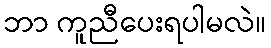
ဘာ ကူညီပေးရပါမလဲ။